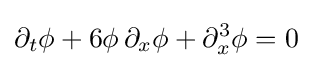
\partial _{t}\phi +6\phi \,\partial _{x}\phi +\partial _{x}^{3}\phi =0